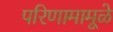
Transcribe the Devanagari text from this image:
परिणामामूळे